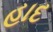
હાદ